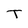
Character: T